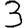
Digit: 3